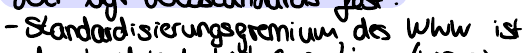
- Standardisierungsgremium des WWW ist